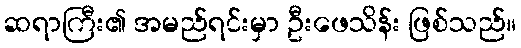
ဆရာကြီး၏ အမည်ရင်းမှာ ဦးဖေသိန်း ဖြစ်သည်။